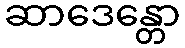
ဆာဒေန္တော